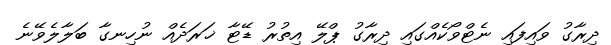
ދިރާގު ވައިފައި ނެޓްވޯކެއްގައި ދިރާގު ޕްލޭ އިތުރު ޑޭޓާ ޚަރަދެއް ނުހިނގާ ބަލާލެވޭނެ